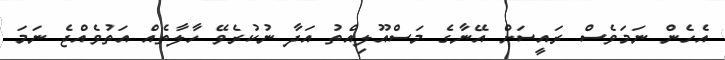
އެހެން ނަމަވެސް ރައީސަށް އޭނާގެ މަސްއޫލިއްތު އަދާ ނުކުރެވޭ ހާލާތެއް އަތުވެއްޖެ ނަމަ